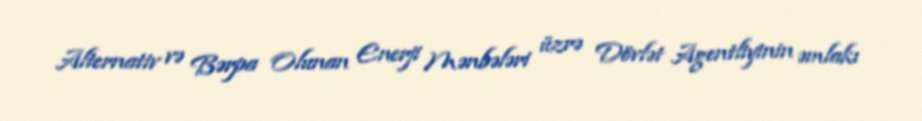
Alternativ və Bərpa Olunan Enerji Mənbələri üzrə Dövlət Agentliyinin əmlakı